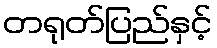
တရုတ်ပြည်နှင့်